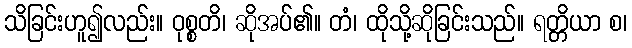
သိခြင်းဟူ၍လည်း။ ဝုစ္စတိ၊ ဆိုအပ်၏။ တံ၊ ထိုသို့ဆိုခြင်းသည်။ ရတ္တိယာ စ၊